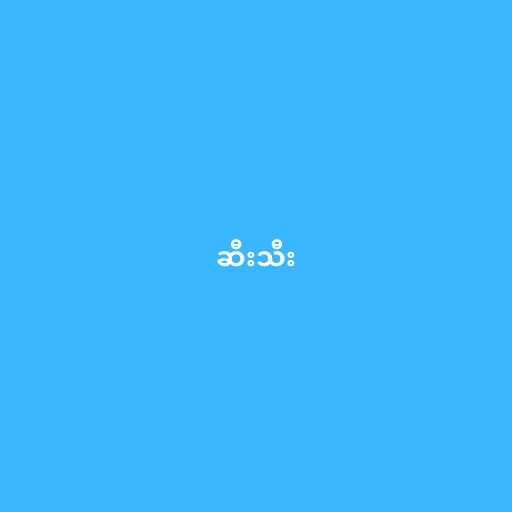
ဆီးသီး